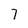
Character: 7